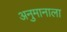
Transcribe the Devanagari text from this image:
अनुमानाला